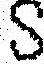
S